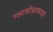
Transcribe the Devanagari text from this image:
ग्लासोग्राफया